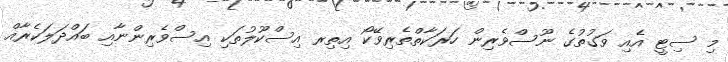
މި ސިޓީ އެއި ވަގުތުގެ ނޫސްވެރިން ހަރަކާތްތެރިވޭކޯ އިތިރ އިސްކޫލުތަކި އިސްވެރިންނާއި ބައްދަލަކެރާއް